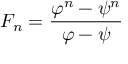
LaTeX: F _ { n } = { \frac { \varphi ^ { n } - \psi ^ { n } } { \varphi - \psi } }